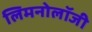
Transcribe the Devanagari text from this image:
लिमनोलॉजी